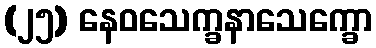
(၂၅) နေဝသေက္ခနာသေက္ခော